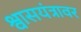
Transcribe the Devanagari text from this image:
श्वासयंत्रावर